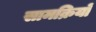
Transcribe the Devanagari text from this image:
सामक्रियों